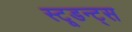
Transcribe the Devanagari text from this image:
स्टूडन्ट्स